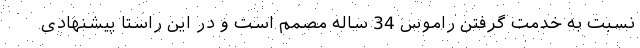
نسبت به خدمت گرفتن راموس 34 ساله مصمم است و در این راستا پیشنهادی